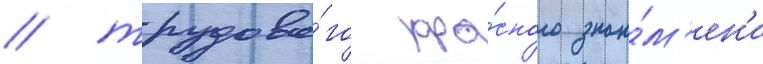
/ трудово́го кра́сного зна́м'ен'и